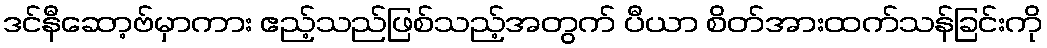
ဒင်နီဆော့ဗ်မှာကား ဧည့်သည်ဖြစ်သည့်အတွက် ပီယာ စိတ်အားထက်သန်ခြင်းကို